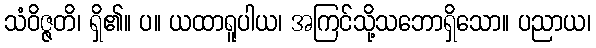
သံဝိဇ္ဇတိ၊ ရှိ၏။ ပ။ ယထာရူပါယ၊ အကြင်သို့သဘောရှိသော။ ပညာယ၊